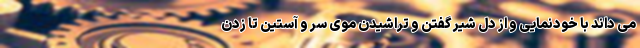
می داند با خودنمایی و از دل شیر گفتن و تراشیدن موی سر و آستین تا زدن